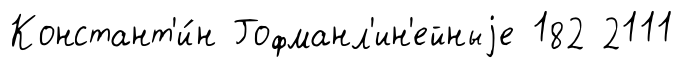
Констант'и́н Гофманл'ин'ейныjе 182 2111